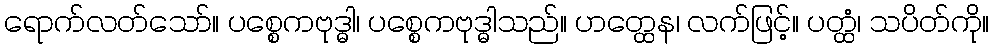
ရောက်လတ်သော်။ ပစ္စေကဗုဒ္ဓါ၊ ပစ္စေကဗုဒ္ဓါသည်။ ဟတ္ထေန၊ လက်ဖြင့်။ ပတ္ထံ၊ သပိတ်ကို။